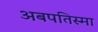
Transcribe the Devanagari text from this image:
अबपतिस्मा